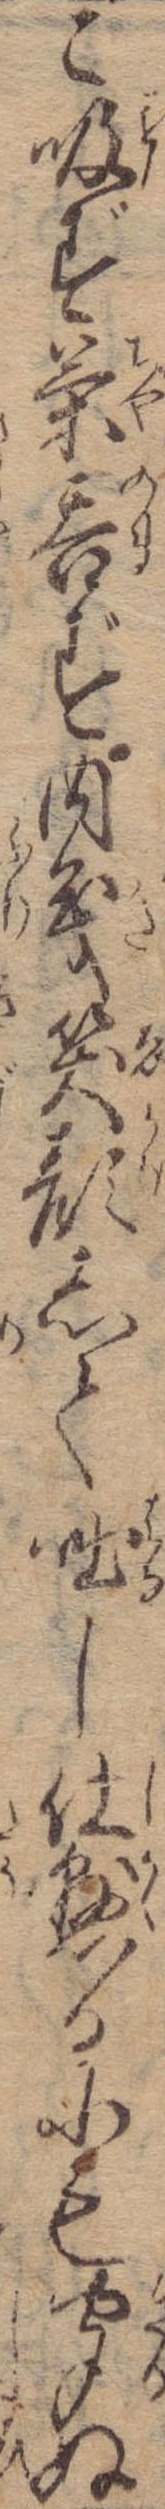
こ吸ず茶呑ず内義笑顔して咄し仕懸るにも聞ぬ